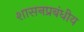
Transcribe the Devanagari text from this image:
शासनप्रबंधीय